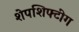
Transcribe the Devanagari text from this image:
शेपशिफ्टींग